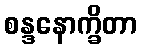
စန္ဒနောက္ခိတာ